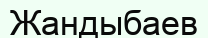
Жандыбаев